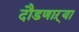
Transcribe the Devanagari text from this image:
दौडणाऱ्या